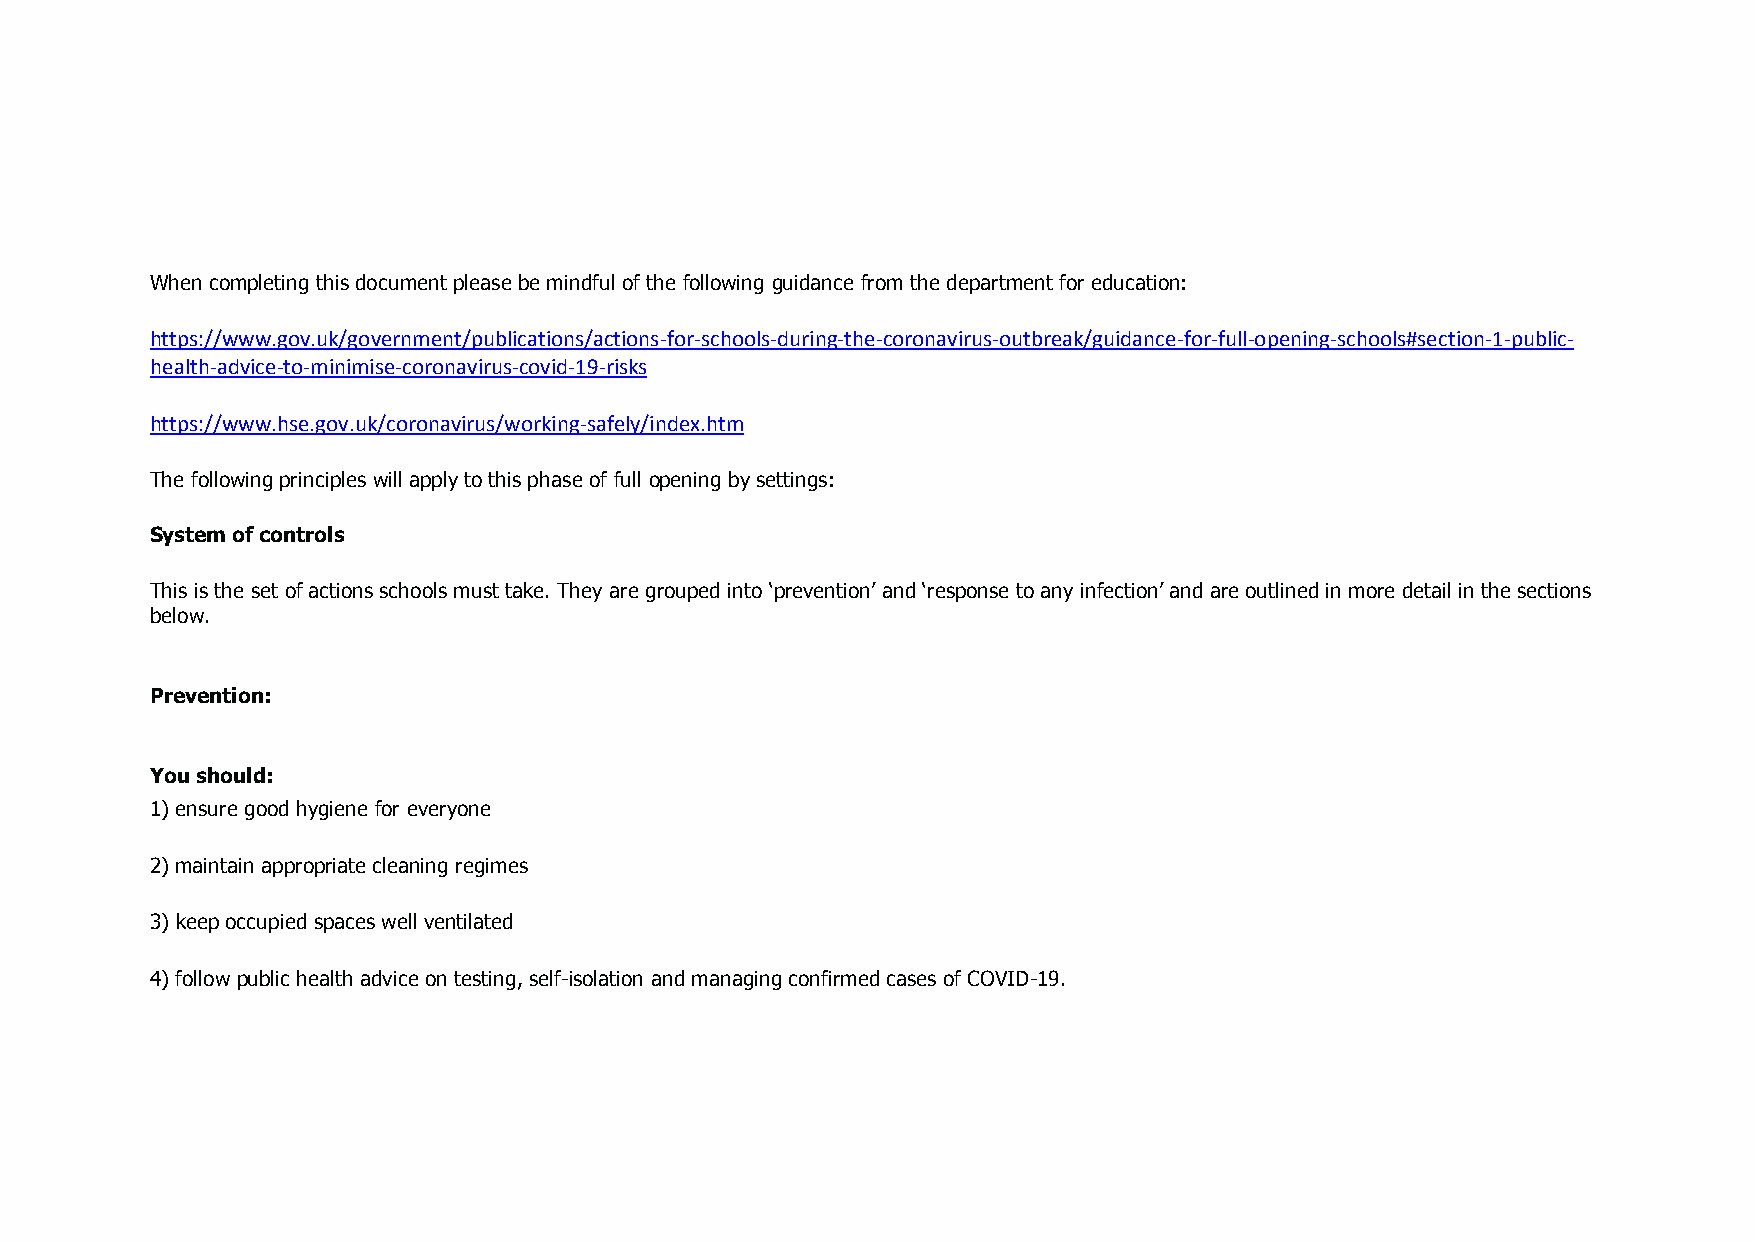
When completing this document please be mindful of the following guidance from the department for education:
 https://www.gov.uk/government/publications/actions-for-schools-during-the-coronavirus-outbreak/guidance-for-full-opening-schools#section-1-public-
 health-advice-to-minimise-coronavirus-covid-19-risks
 https://www.hse.gov.uk/coronavirus/working-safely/index.htm
 The following principles will apply to this phase of full opening by settings:
 System of controls
 This is the set of actions schools must take. They are grouped into ‘prevention’ and ‘response to any infection’ and are outlined in more detail in the sections
 below.
 Prevention:
 You should:
 1) ensure good hygiene for everyone
 2) maintain appropriate cleaning regimes
 3) keep occupied spaces well ventilated
 4) follow public health advice on testing, self-isolation and managing confirmed cases of COVID-19.